Vaccination in Burma 1920-1933 - 1920-1933
Year: 1920
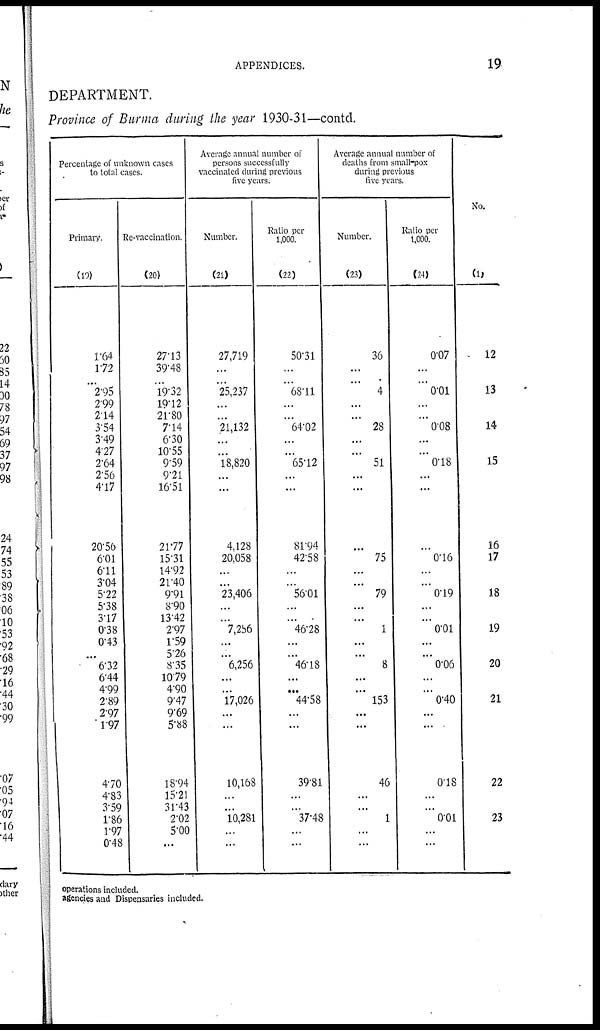
APPENDICES.
19
DEPARTMENT.
Province of Burma during the year 1930-31—contd.
Percentage of unknown cases
to total cases.
Primary.
(19)
1.64
1.72
2.95
2.99
2.14
3.54
3.49
4.27
2.64
2.56
4.17
20.56
6.01
6.11
3.04
5.22
5.38
3.17
0.38
0.43
...
6.32
6.44
4.99
2.89
2.97
1.97
4.70
4.83
3.59
1.86
1.97
0.48
Re-vaccination.
(20)
27.13
39.48
19.32
19.12
21.80
7.14
6.30
10.55
9.59
9.21
16.51
21.77
15.31
14.92
21.40
9.91
8.90
13.42
2.97
1.56
5.26
8.35
10.79
4.90
9.47
9.69
5.88
18.94
15.21
31.43
2.02
5.00
...
Average annual number of
persons successfully
vaccinated during previous
five years.
Number.
(21)
27,719
...
25,237
...
...
21,132
...
...
18,820
...
...
4,128
20,058
...
...
23,406
...
...
7,256
...
...
6,256
...
...
17,026
...
...
10,168
...
...
10,281
...
...
Ratio per
1,000.
(22)
50.31
...
68.11
...
...
64.02
...
...
65.12
...
...
81.94
42.58
...
...
56.01
...
...
46.28
...
...
46.18
...
...
44.58
...
...
39.81
...
...
37.48
...
...
Average annual number of
deaths from small-pox
during previous
five years.
Number.
(23)
36
...
4
...
...
28
...
...
51
...
...
...
75
...
...
79
...
...
1
...
...
8
...
...
153
...
...
46
...
...
1
...
...
Ratio per
1,000.
(24)
0.07
...
0.01
...
...
0.08
...
...
0.18
...
...
...
0.16
...
...
0.19
...
...
0.01
...
...
0.06
...
...
0.40
...
...
0.18
...
...
0.01
...
...
No.
(1)
12
13
14
15
16
17
18
19
20
21
22
...
23
operations included.
agencies and Dispensaries included.